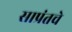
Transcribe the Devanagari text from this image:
साप्रंतचे